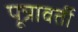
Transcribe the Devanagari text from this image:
पून्रावर्ती